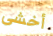
أخشى